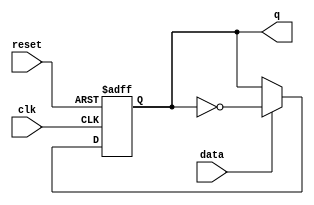
module tff_async_reset (
data  , // Data Input
clk   , // Clock Input
reset , // Reset input
q       // Q output
);
 
input data, clk, reset ; 
 
output q;
 
reg q;
 
always @ ( posedge clk or negedge reset)
if (~reset) begin
  q <= 1'b0;
end else if (data) begin
  q <= !q;
end

endmodule